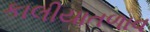
કાલીયાતળાવ